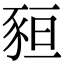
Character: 𧱂